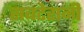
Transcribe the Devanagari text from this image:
सबटेरानी